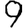
Digit: 9